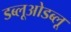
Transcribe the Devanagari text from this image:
डब्लूओडब्लू